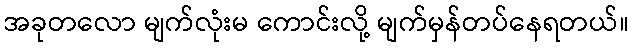
အခုတလော မျက်လုံးမ ကောင်းလို့ မျက်မှန်တပ်နေရတယ်။